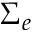
\Sigma _ { e }